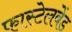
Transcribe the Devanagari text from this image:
फास्टेलबेंड